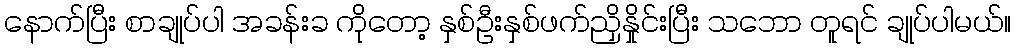
နောက်ပြီး စာချုပ်ပါ အခန်းခ ကိုတော့ နှစ်ဦးနှစ်ဖက်ညှိနှိုင်းပြီး သဘော တူရင် ချုပ်ပါမယ်။